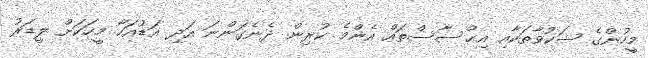
މީހުންގެ ޝަކުވާތަކާއި އިޙްސާސްތައް އެންމެ ކުރިން ދެނެގަންނަ އަދި އަޑުއަހާ މީހަކަށް ލީޑަރު